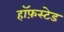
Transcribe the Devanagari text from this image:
हॉफ़स्टेड